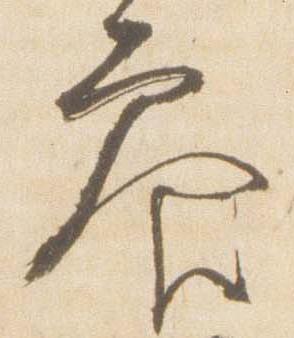
参